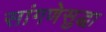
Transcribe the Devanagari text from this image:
सांगणेसुद्धा